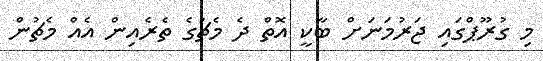
މި ގުރޫޕްގައި ޖަރުމަނަށް ބާކީ އޮތް ދެ މެޗުގެ ތެރެއިން އެއް މެޗުން